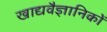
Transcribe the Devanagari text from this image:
खाद्यवैज्ञानिकों